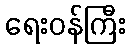
ရေးဝန်ကြီး